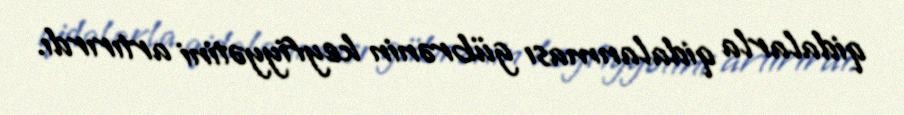
qidalarla qidalanması gübrənin keyfiyyətini artırırdı.